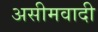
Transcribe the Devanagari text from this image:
असीमवादी